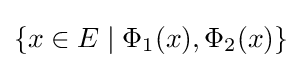
\{x\in E\mid \Phi _{1}(x),\Phi _{2}(x)\}